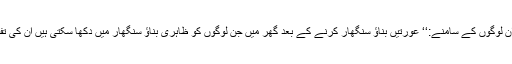
’’وہ اپنا بناؤ سنگھار نہ ظاہر کریں مگر اِن لوگوں کے سامنے:‘‘ عورتیں بناؤ سنگھار کرنے کے بعد گھر میں جن لوگوں کو ظاہری بناؤ سنگھار میں دکھا سکتی ہیں اُن کی تفصیل اسی آیت کے اگلے حصے میں ہے۔